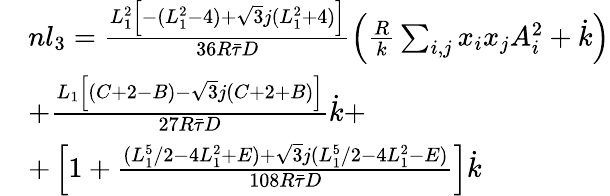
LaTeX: \begin{array}{rl}&{nl_{3}=\frac{L_{1}^{2}\left[-(L_{1}^{2}-4)+\sqrt{3}j(L_{1}^{2}+4)\right]}{36R\bar{\tau}D}\left(\frac{R}{k}\sum_{i,j}x_{i}x_{j}A_{i}^{2}+\dot{k}\right)}\\ &{+\frac{L_{1}\left[(C+2-B)-\sqrt{3}j(C+2+B)\right]}{27R\bar{\tau}D}\dot{k}+}\\ &{+\left[1+\frac{(L_{1}^{5}/2-4L_{1}^{2}+E)+\sqrt{3}j(L_{1}^{5}/2-4L_{1}^{2}-E)}{108R\bar{\tau}D}\right]\dot{k}}\end{array}